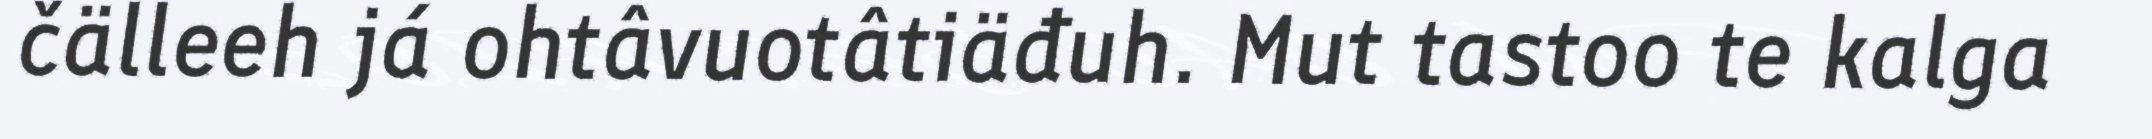
čälleeh já ohtâvuotâtiäđuh. Mut tastoo te kalga